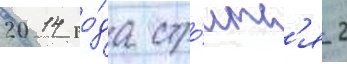
2014 го́да стро́итс'я 2